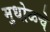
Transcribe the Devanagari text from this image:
मुधोळचे